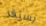
يستقر